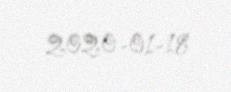
2020-01-18